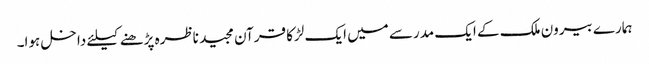
ہمارے بیرون ملک کے ایک مدرسے میں ایک لڑکا قرآن مجید ناظرہ پڑھنے کیلئے داخل ہوا۔